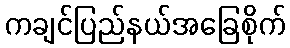
ကချင်ပြည်နယ်အခြေစိုက်